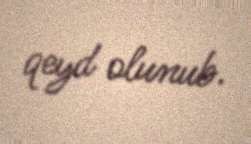
qeyd olunub.